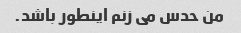
من حدس می زنم اینطور باشد.